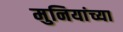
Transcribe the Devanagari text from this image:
मुनियांच्या